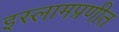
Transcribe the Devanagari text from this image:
इस्लामप्रणीत